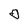
Character: 0